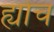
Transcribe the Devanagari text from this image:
ह्योच